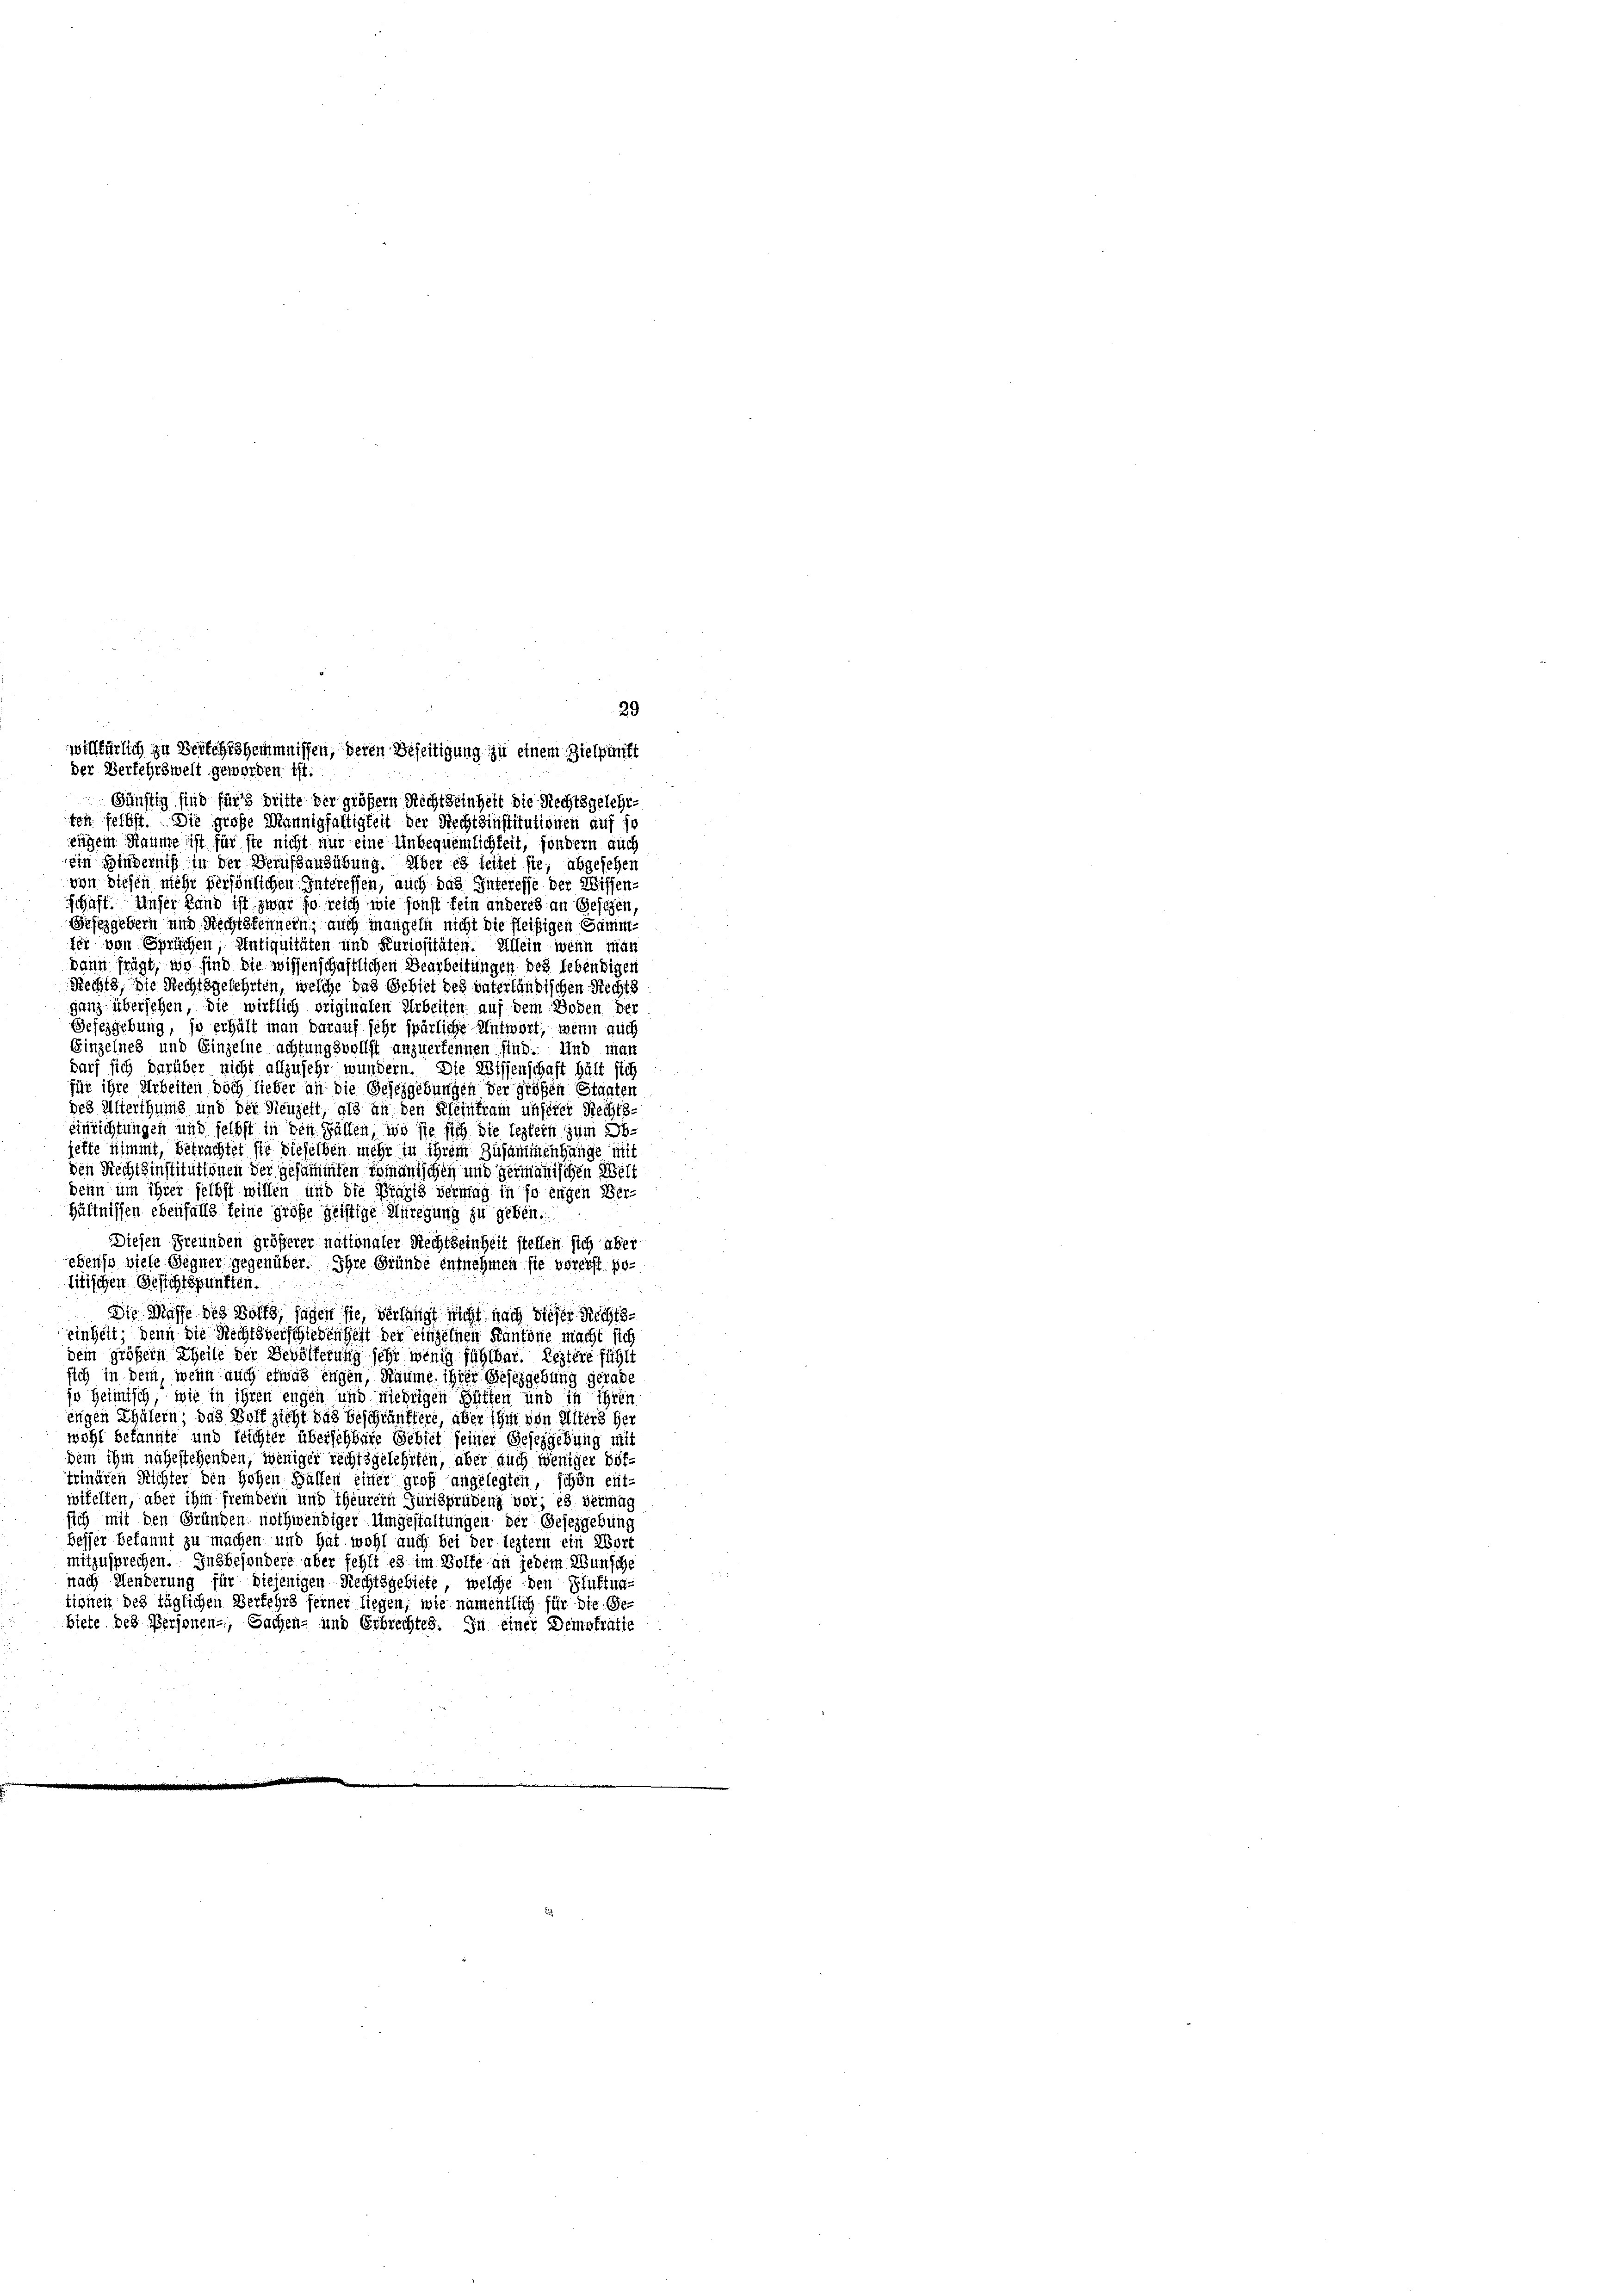
ten selbst. Die große Mannigfaltigkeit der Rechtsinstitutionen auf je
engem Raume ist für sie nicht nur eine Unbequemlichkeit, sondern auch
ein Hinderniß in der Berufsausübung. Über es leitet sie, abgesehen
von diesen mehr persönlichen Interessen, auch das Interesse der Wissen-
schaft. Unser Land ist zwar so reich wie sonst fein anderes an Gesetzen,
Behergebern und Rechtskennern, auch mangeln nicht die fleißigen Sammfer von Sprüchen, Antiquitäten und Kuriositäten. Allein wenn man
Dann frägt, wo sind die wissenschaftlichen Bearbeitungen des lebendigert
Rechts, die Rechtsgelehrten, welche das Gebiet des väterländischen Rechts
ganz übersehen, die wirklich originaten Arbeiten auf dem Boden der
Gefezgebung, so erhält man darauf sehr spärliche Antwort, wenn auch
Einzelnes und Einzelne achtungsvollst anzuerkennen sind. Und man
darf sich darüber nicht allzusehr wundern. Die Wissenschaft hält sich
für ihre Arbeiten doch lieber an die Gesezgebungen der Größen Staaten
des Alterthums und der Neuzelt, als an den Kleintram unferer Rechts-
einrichtungen und selbst in den Fällen, wo sie sich die leztern zum Abjette nimmt, betrachtet sie dieselben mehr in ihrem Zusammenhänge mit
den Rechtsinstitutionen der gesammten Tomanischen und germanischen Welt
denn um ihrer selbst willen und die Piaris vermag in so engen Ver-
hältnissen ebenfalls keine größe geistige Anregung zu geben.
Diesen Freunden größerer nationaler Rechtseinheit stellen sich über
ebenso viele Gegner gegenüber. Ihre Gründe entnehmen sie vorerst pelitischen Gesichtspunkten.
Die Masse des Volls, sagen sie, verlangt nicht nach dieser Rechtseinheit, denn die Rechtsverschiebenheit der einzelnen Kantone macht sich
dem größern Theile der Bevölkerung sehr wenig fühlbar. Leztere fühlt
sich in dem, wenn auch etwas engen, Raume ihrer Gesetzgebung gerade
jo heimisch, wie in ihren engen und niedrigen Bütten und in ihren
engen Thälern; das Wolf zieht das beschränktere, aber ihm von Alters her
wohl bekannte und leichter überschbare Gebiet seiner Gesetzgebung mit
dem ihm nahestehenden, weniger rechtsgelehrten, aber auch weniger höftrinären Richter den Hohen Hallen einer groß angelegten, schon ent-
wifelten, aber ihm fremdern und theurern Fürsprudenz vor; es vermag
sich mit den Gründen nothwendiger Umgestaltungen der Gesezgebung
besser bekannt zu machen und hat wohl auch bei der leztern ein Wort
mitzusprechen. Insbesondere aber fehlt es im Wolfe an jedem Wunsche
nach Henderung für diejenigen Rechtsgebiete, welche den Flüftun-
tienen des täglichen Verkehrs ferner liegen, wie namentlich für die Ge-
biete des Personen-, Sachen- und Erbrechtes. In einer Demokratie

willkürlich zu Berichtshemmnissen, deren Beseitigung zu einem Zielpunft
der Verfehrswelt geworden ist.
Bünstig sind für dritte der größern Rechtseinheit die Rechtsgelehr¬

29